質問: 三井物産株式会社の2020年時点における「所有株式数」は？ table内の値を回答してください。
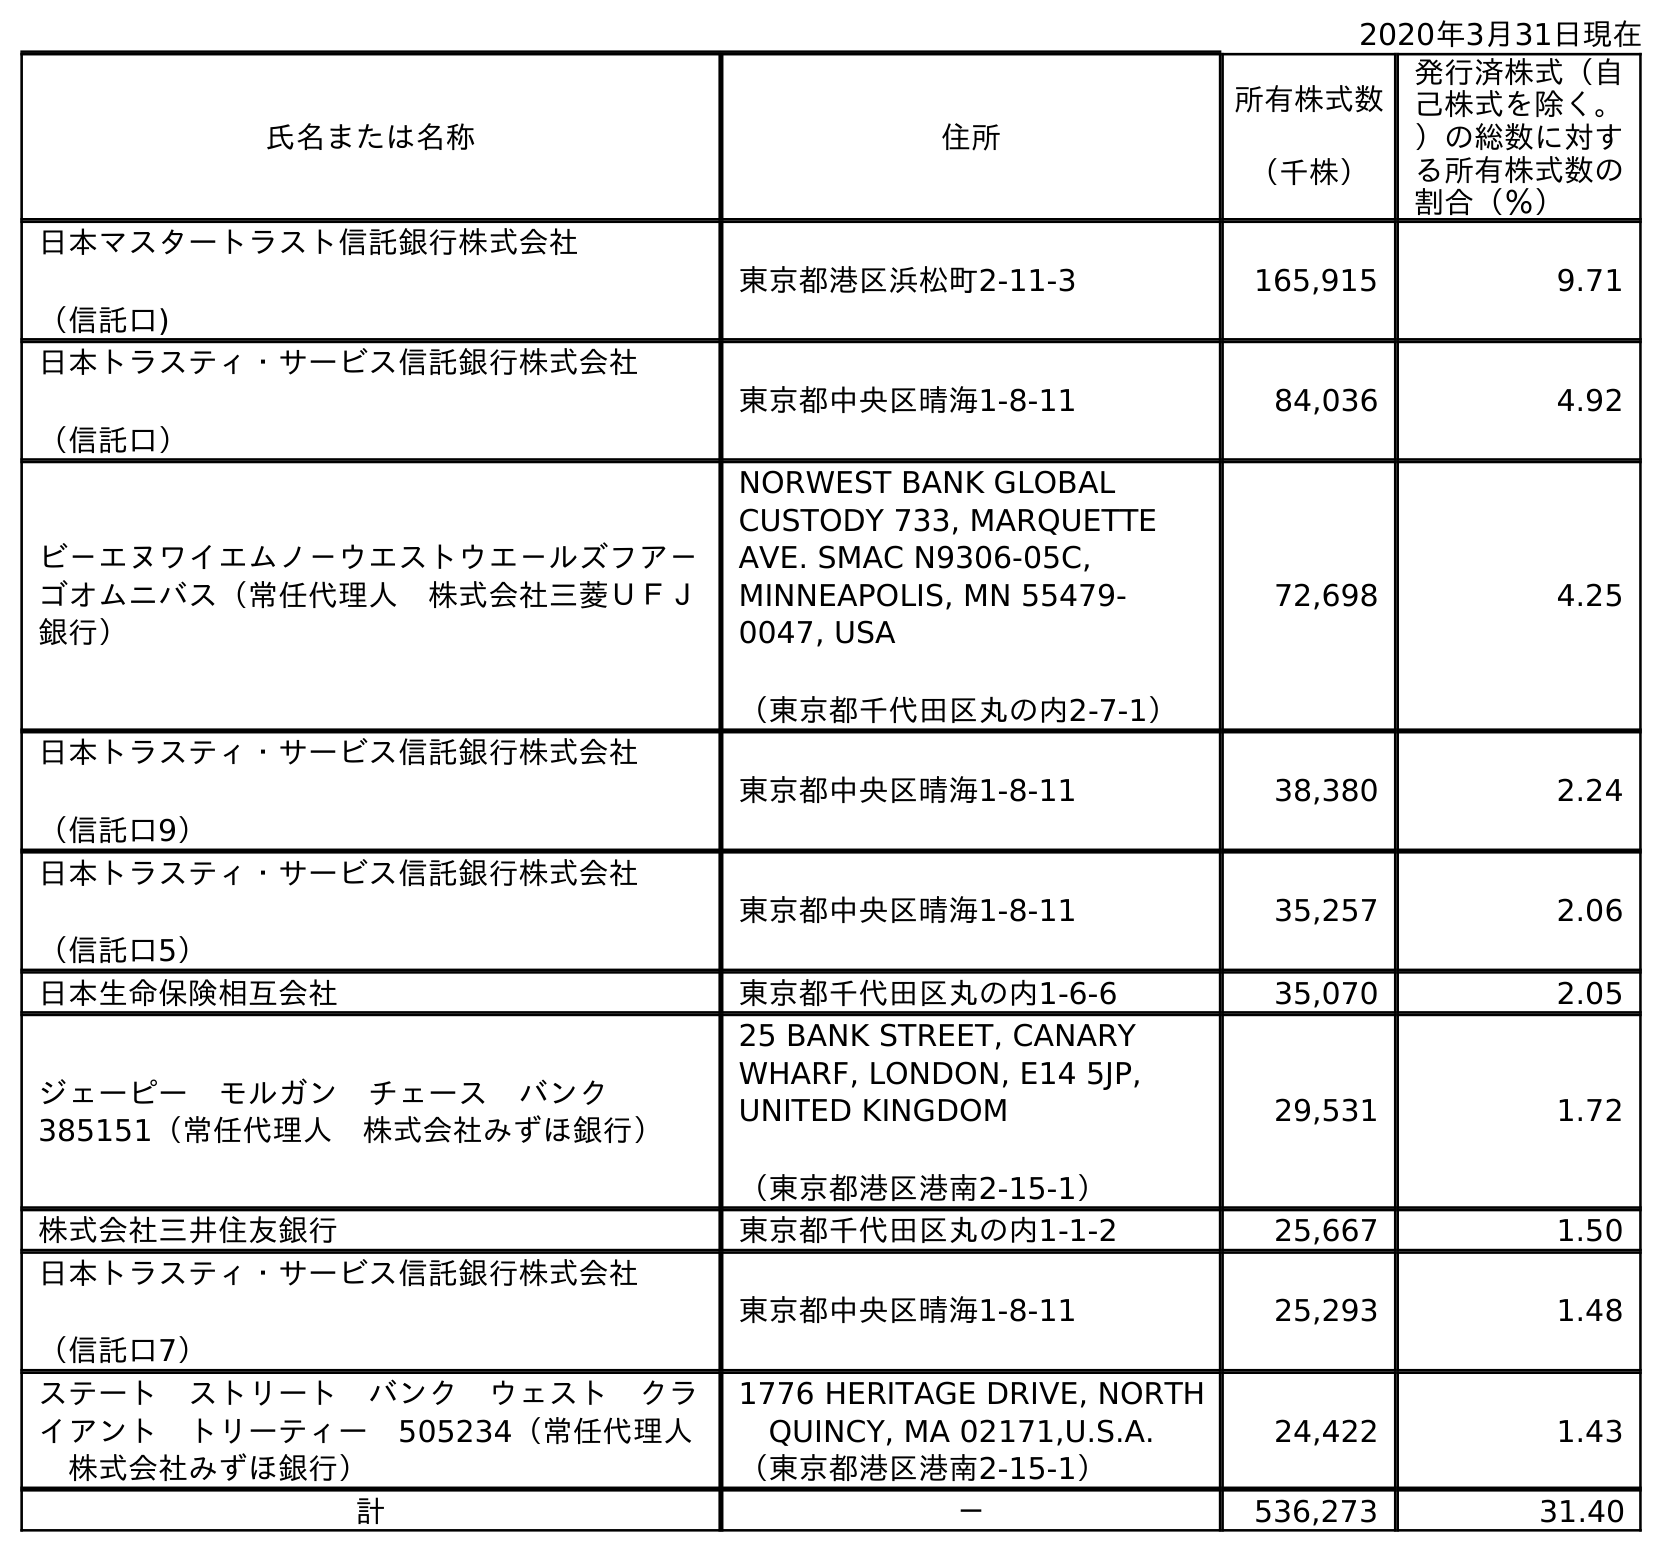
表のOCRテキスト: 2020年3月31日現在 氏名または名称 住所 所有株式数 （千株） 発行済株式（自 己株式を除く。 ）の総数に対す る所有株式数の 割合（％） 日本マスタートラスト信託銀行株式会社 （信託口) 東京都港区浜松町2-11-3 165,915 9.71 日本トラスティ・サービス信託銀行株式会社 （信託口） 東京都中央区晴海1-8-11 84,036 4.92 ビ－エヌワイエムノ－ウエストウエ－ルズフア－ ゴオムニバス（常任代理人 株式会社三菱ＵＦＪ 銀行） NORWEST BANK GLOBAL CUSTODY 733, MARQUETTE AVE. SMAC N9306-05C, MINNEAPOLIS, MN 55479- 0047, USA （東京都千代田区丸の内2-7-1） 72,698 4.25 日本トラスティ・サービス信託銀行株式会社 （信託口9） 東京都中央区晴海1-8-11 38,380 2.24 日本トラスティ・サービス信託銀行株式会社 （信託口5） 東京都中央区晴海1-8-11 35,257 2.06 日本生命保険相互会社 東京都千代田区丸の内1-6-6 35,070 2.05 ジェーピー モルガン チェース バンク  385151（常任代理人 株式会社みずほ銀行） 25 BANK STREET, CANARY WHARF, LONDON, E14 5JP, UNITED KINGDOM （東京都港区港南2-15-1） 29,531 1.72 株式会社三井住友銀行 東京都千代田区丸の内1-1-2 25,667 1.50 日本トラスティ・サービス信託銀行株式会社 （信託口7） 東京都中央区晴海1-8-11 25,293 1.48 ステート ストリート バンク ウェスト クラ イアント トリーティー 505234（常任代理人  株式会社みずほ銀行） 1776 HERITAGE DRIVE, NORTH  QUINCY, MA 02171,U.S.A. （東京都港区港南2-15-1） 24,422 1.43 計 － 536,273 31.40
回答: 536,273